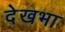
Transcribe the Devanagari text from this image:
देखभा